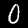
Label: 0